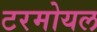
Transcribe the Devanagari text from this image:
टरमोयल